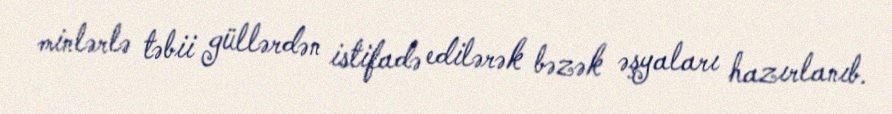
minlərlə təbii güllərdən istifadə edilərək bəzək əşyaları hazırlanıb.